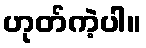
ဟုတ်ကဲ့ပါ။